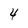
Character: 4